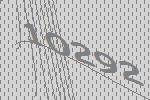
10292